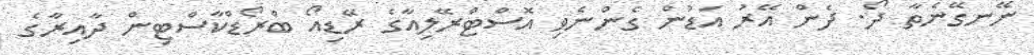
ނޭނގޭނެތާ ދޯ. ދެން އޭރު އަޑުން ގެންނެވި އޮސްޓްރޭލިއާގެ ރޭޑިއޯ ބްރޯޑްކާސްޓިން ދާއިރާގެ